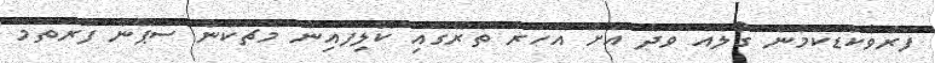
ފަރުވާކުޑަކަމުން ގޯލެއް ވަދެ އަށް އަހަރު ތެރޭގައި ކޮލިފައިން މެޗަކުން ސްޕޭން ފުރަތަމަ